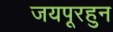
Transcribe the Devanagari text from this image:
जयपूरहुन